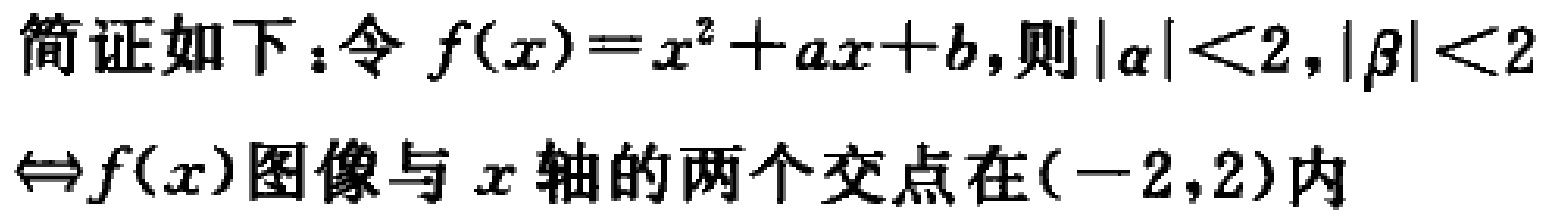
简证如下：令 \(f(x)=x^{2}+ax + b\)，则 \(|\alpha|<2,|\beta|<2\)

\(\Leftrightarrow f(x)\)图像与 \(x\) 轴的两个交点在\((-2,2)\)内